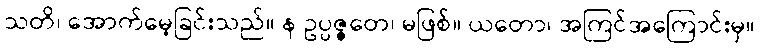
သတိ၊ အောက်မေ့ခြင်းသည်။ န ဥပ္ပဇ္ဇတေ၊ မဖြစ်။ ယတော၊ အကြင်အကြောင်းမှ။